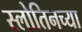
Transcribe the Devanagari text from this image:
स्लोतिनच्या